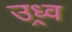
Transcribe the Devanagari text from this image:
उध्र्व